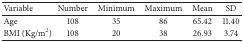
| Variable | Number | Minimum | Maximum | Mean | SD |
 | --- | --- | --- | --- | --- | --- |
 | Age | 108 | 35 | 86 | 65.42 | 11.40 |
 | BMI (Kg/m2) | 108 | 20 | 38 | 26.93 | 3.74 |